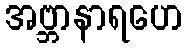
အဗ္ဘာနာရဟေ